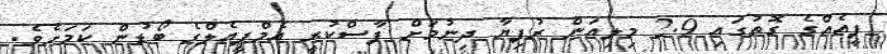
ފީއެއްގެ ގޮތުގައި 2.9 މިލިއަން ރުފިޔާ ދިނުމަށް ފާސްކުރީ އެމްޕީއެލްގެ ބޯޑުން ކަމަށެވެ.